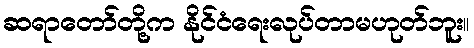
ဆရာတော်တို့က နိုင်ငံရေးလုပ်တာမဟုတ်ဘူး။